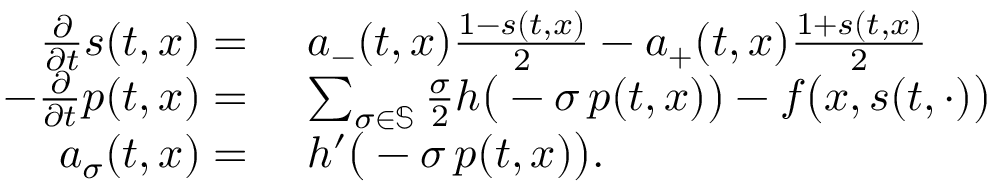
\begin{array} { r l } { \frac { \partial } { \partial t } s ( t , x ) = } & { \ a _ { - } ( t , x ) \frac { 1 - s ( t , x ) } { 2 } - a _ { + } ( t , x ) \frac { 1 + s ( t , x ) } { 2 } } \\ { - \frac { \partial } { \partial t } p ( t , x ) = } & { \ \sum _ { \sigma \in \mathbb { S } } \frac { \sigma } { 2 } h \big ( - \sigma \, p ( t , x ) \big ) - f \big ( x , s ( t , \cdot ) \big ) } \\ { a _ { \sigma } ( t , x ) = } & { \ h ^ { \prime } \big ( - \sigma \, p ( t , x ) \big ) . } \end{array}